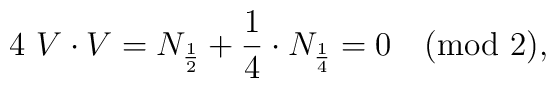
4\ V\cdot V=  N_{{1\over 2}} + {1\over 4}\cdot N_{1\over 4}=0 \quad ({\rm mod}\ 2),